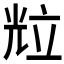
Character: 𱏦